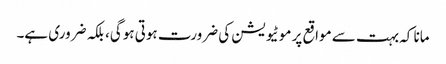
مانا کہ بہت سے مواقع پر موٹیویشن کی ضرورت ہوتی ہوگی، بلکہ ضروری ہے۔